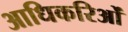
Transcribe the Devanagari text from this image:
आधिकरिओं